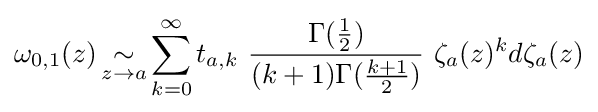
\omega _{0,1}(z)\mathop {\sim } _{z\to a}\sum _{k=0}^{\infty }t_{a,k}\ {\frac {\Gamma ({\frac {1}{2}})}{(k+1)\Gamma ({\frac {k+1}{2}})}}\ \zeta _{a}(z)^{k}d\zeta _{a}(z)